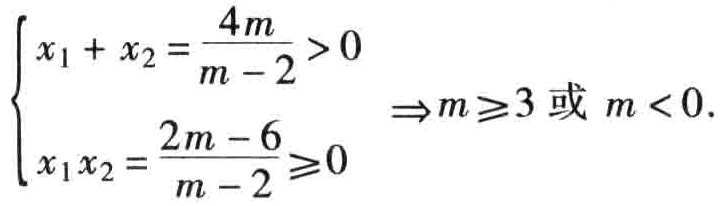
\(\begin{cases}
x_{1}+x_{2}=\frac{4m}{m - 2}>0 \\
x_{1}x_{2}=\frac{2m - 6}{m - 2}\geqslant0
\end{cases}\Rightarrow m\geqslant3\text{ 或 }m<0.\)